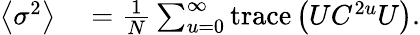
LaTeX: \begin{array}{rl}{\left\langle\sigma^{2}\right\rangle}&{{}=\frac{1}{N}\sum_{u=0}^{\infty}{\mathrm{trace}\left(UC^{2u}U\right)}.}\end{array}